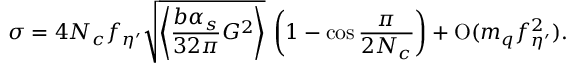
\sigma = 4 N _ { c } f _ { \eta ^ { \prime } } \sqrt { \left\langle \frac { b \alpha _ { s } } { 3 2 \pi } G ^ { 2 } \right\rangle } \, \left( 1 - \cos \frac { \pi } { 2 N _ { c } } \right) + \mathrm { O } ( m _ { q } f _ { \eta ^ { \prime } } ^ { 2 } ) .